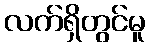
လက်ရှိတွင်မူ